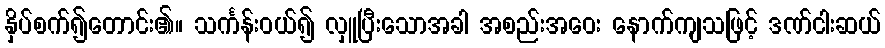
နှိပ်စက်၍တောင်း၏။ သင်္ကန်းဝယ်၍ လှူပြီးသောအခါ အစည်းအဝေး နောက်ကျသဖြင့် ဒဏ်ငါးဆယ်